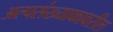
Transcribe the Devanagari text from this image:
अल्पसंख्याकावरील